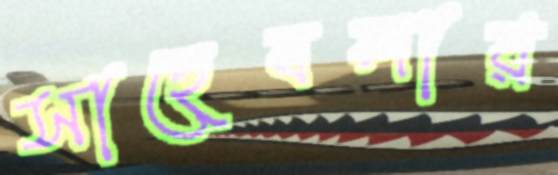
সাহেবলার